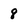
Character: 8